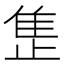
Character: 𬯪